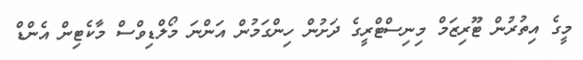
މީގެ އިތުރުން ޓޫރިޒަމް މިނިސްޓްރީގެ ދަށުން ހިންގަމުން އަންނަ މޯލްޑިވްސް މާކެޓިން އެންޑް